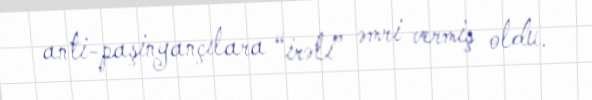
anti-paşinyançılara “irəli” əmri vermiş oldu.